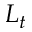
L _ { t }